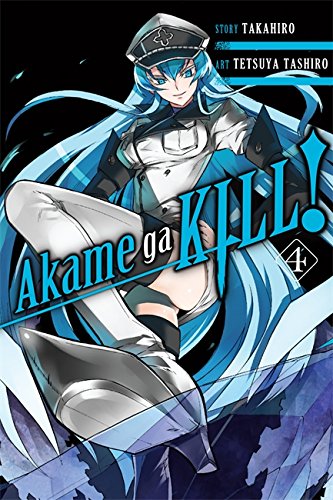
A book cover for Akame ga KILL!, Vol. 4; Takahiro; Comics & Graphic Novels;